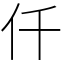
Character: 仟